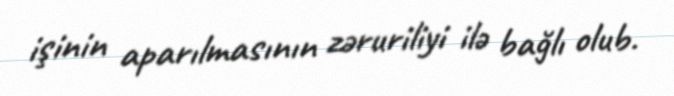
işinin aparılmasının zəruriliyi ilə bağlı olub.